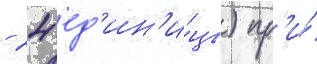
- 24 ед'ин'и́цы) пр'и́